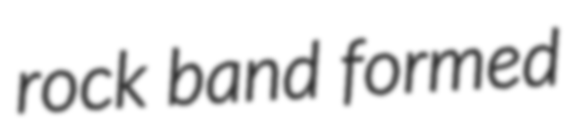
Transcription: rock band formed